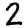
Digit: 2